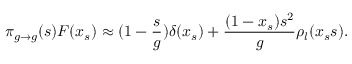
\pi _ { g \to g } ( s ) { \cal F } ( x _ { s } ) \approx ( 1 - \frac { s } { g } ) \delta ( x _ { s } ) + \frac { ( 1 - x _ { s } ) s ^ { 2 } } { g } \rho _ { l } ( x _ { s } s ) .